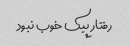
رفتار پیک خوب نبود